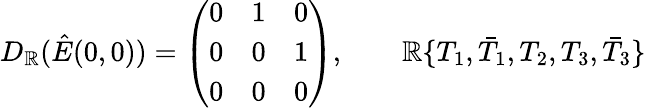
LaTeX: D_{\mathbb{R}}(\hat{{E}}(0,0))=\left(\begin{array}{ccc}{{0}}&{{1}}&{{0}}\\ {{0}}&{{0}}&{{1}}\\ {{0}}&{{0}}&{{0}}\end{array}\right),\qquad\mathbb{R}\{ T_{1},\bar{{T}}_{1},T_{2},T_{3},\bar{{T}}_{3}\}